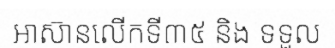
អាស៊ានលើកទី៣៥ និង ទទួល